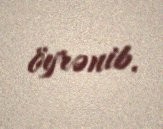
öyrənib.